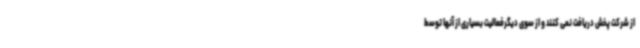
از شرکت پخش دریافت نمی کنند و از سوی دیگرفعالیت بسیاری از آنها توسط